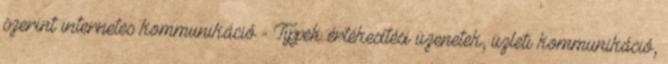
szerint internetes kommunikáció - Tippek értékesítési üzenetek, üzleti kommunikáció,